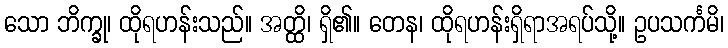
သော ဘိက္ခု၊ ထိုရဟန်းသည်။ အတ္ထိ၊ ရှိ၏။ တေန၊ ထိုရဟန်းရှိရာအရပ်သို့။ ဥပသင်္ကမိ၊